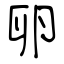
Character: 卵